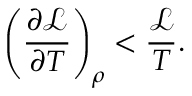
\left( \frac { \partial \mathcal { L } } { \partial T } \right) _ { \rho } < \frac { \mathcal { L } } { T } .